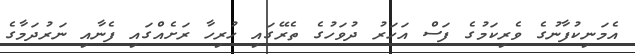
އެމަނިކުފާނުގެ ވެރިކަމުގެ ފަސް އަހަރު ދުވަހުގެ ތެރޭގައި ހުރިހާ ރަށެއްގައި ފެނާއި ނަރުދަމާގެ